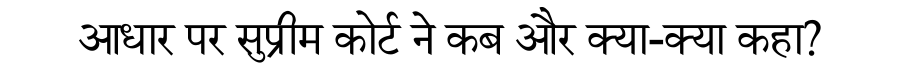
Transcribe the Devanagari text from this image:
आधार पर सुप्रीम कोर्ट ने कब और क्या-क्या कहा?